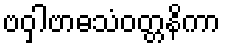
ဗဝှါဗာဓသံဝတ္တနိကာ